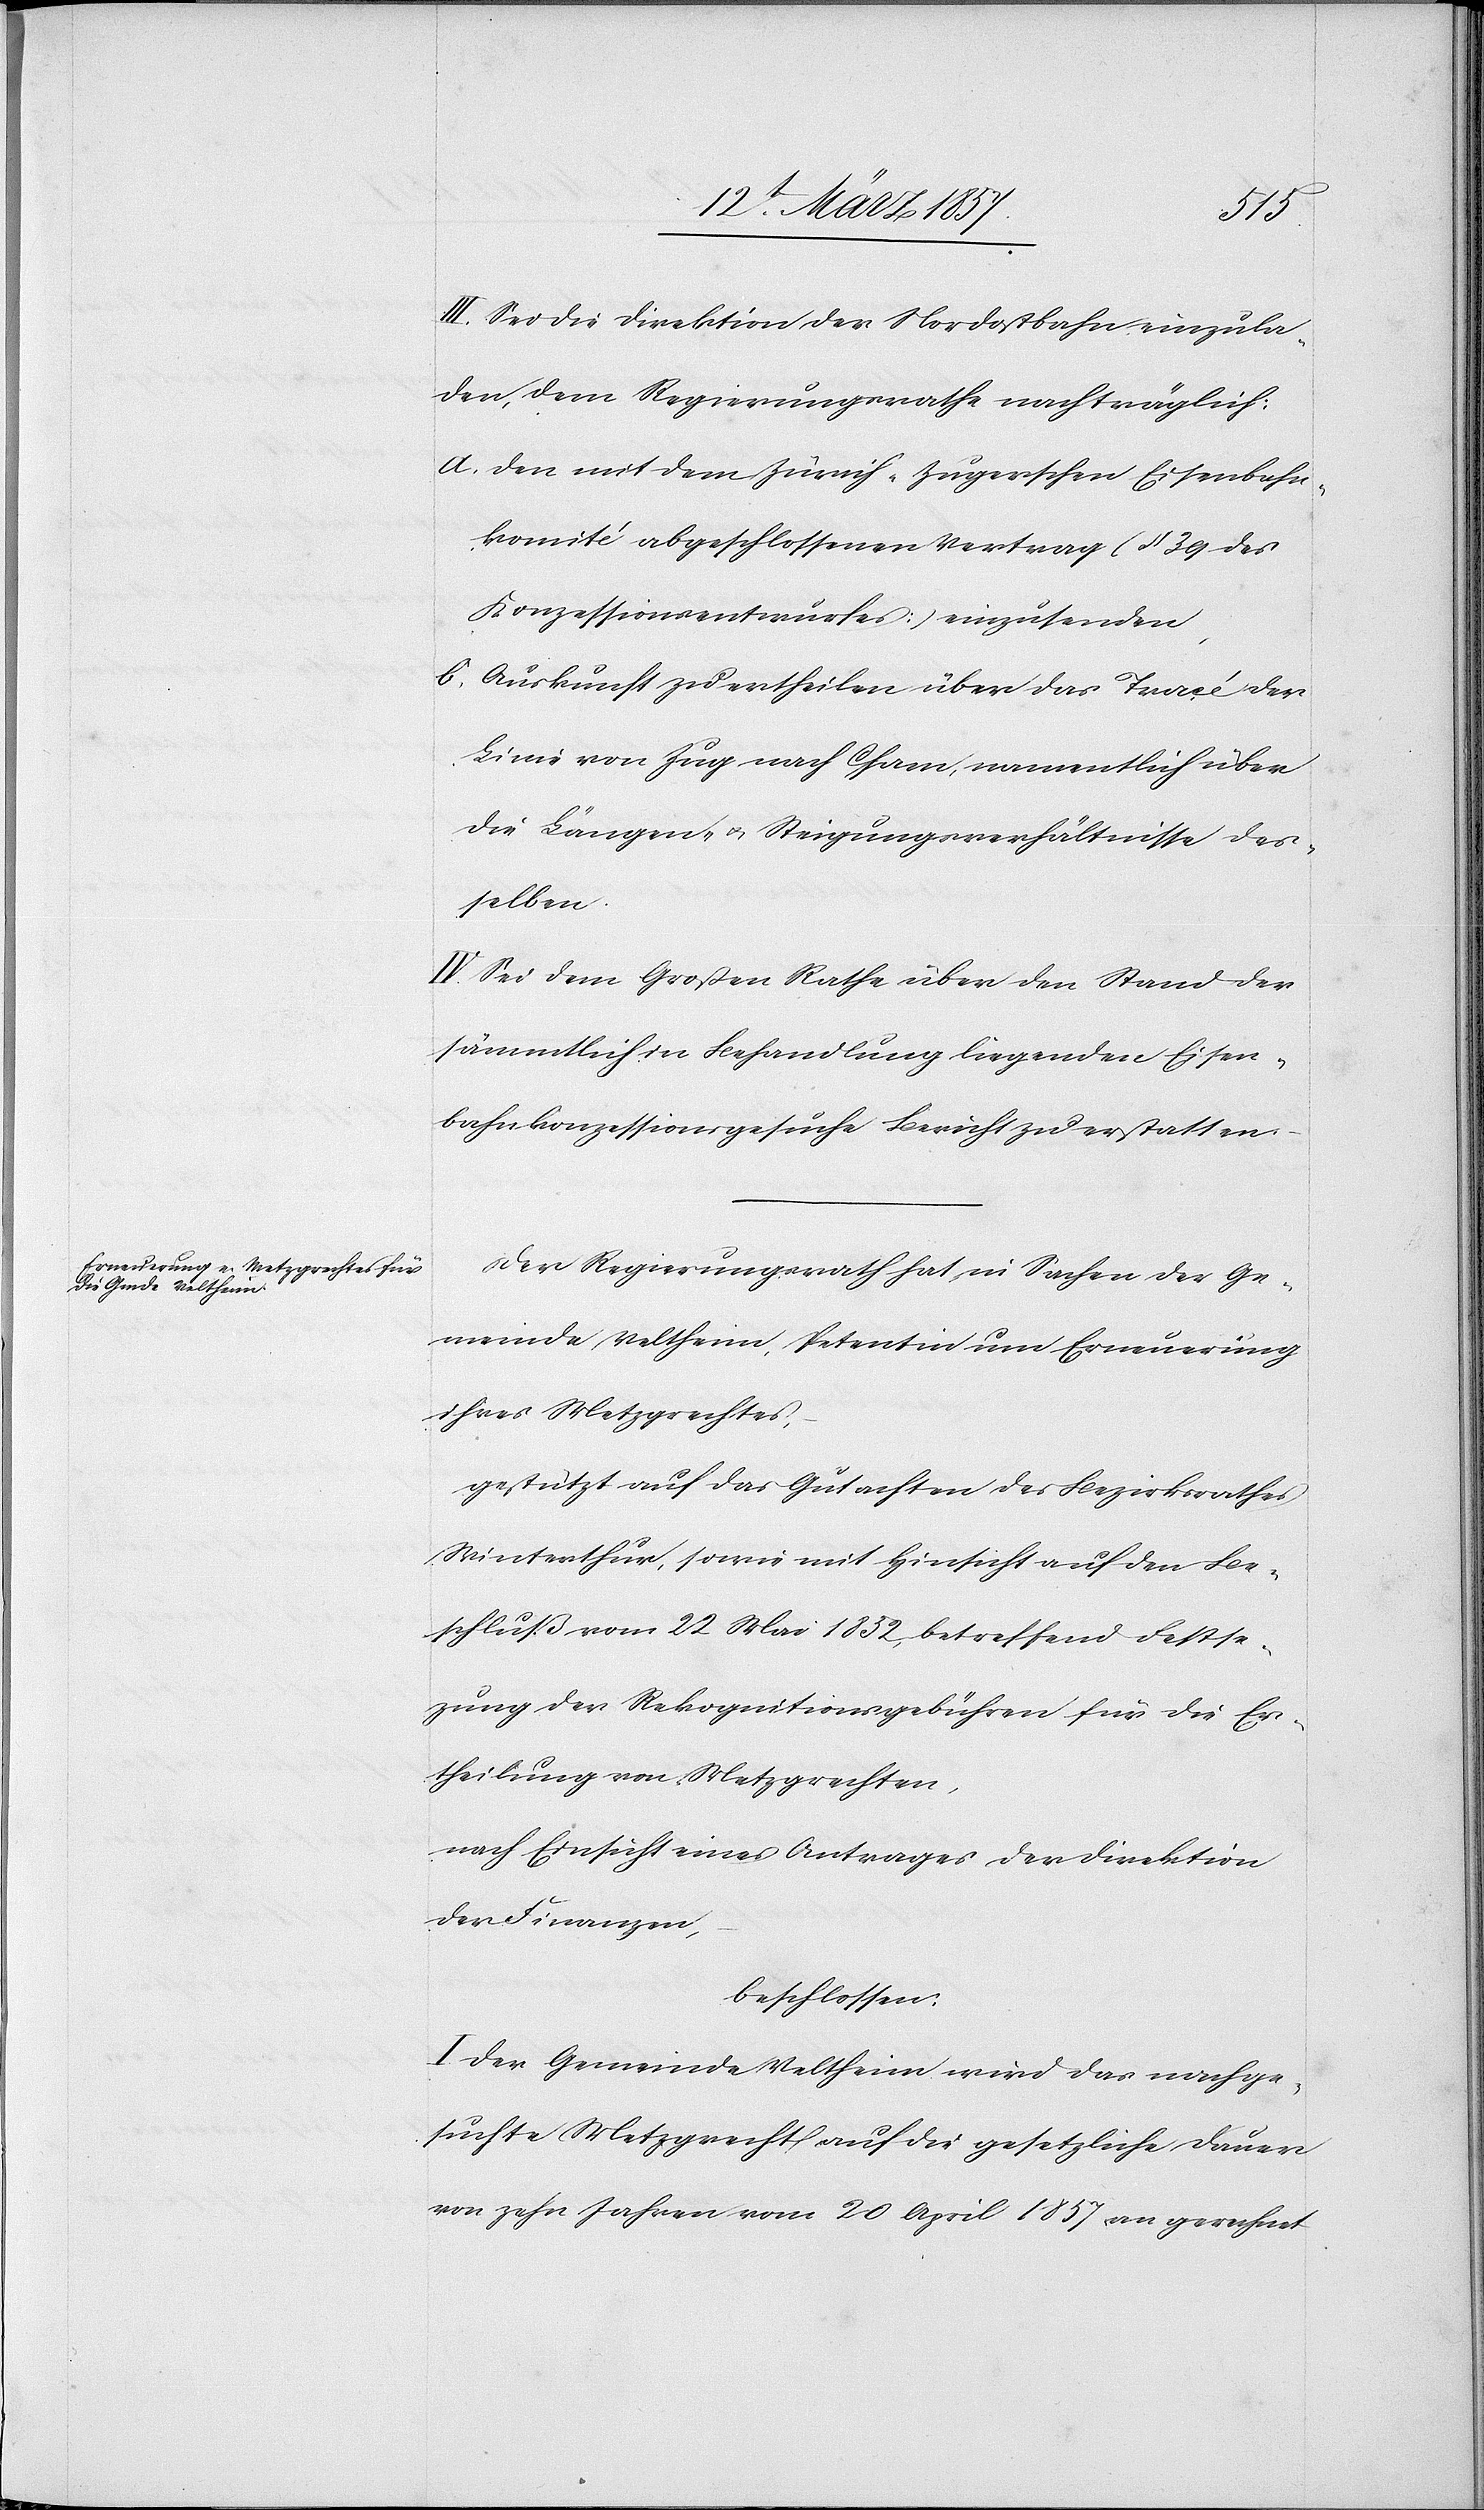
III. Sei die Direktion der Nordostbahn einzula¬
den, dem Regierungsrathe nachträglich:
a. den mit dem Zürich-Zugerschen Eisenbahn¬
komité abgeschlossenen Vertrag (§ 39 des
Konzessionsentwurfes) einzusenden,
b. Auskunft zu ertheilen über das Tracé der
Linie von Zug nach Cham, namentlich über
die Längen- u. Steigungsverhältnisse des¬
selben.
IV. Sei dem Großen Rathe über den Stand der
sämmtlich in Behandlung liegenden Eisen¬
bahnkonzessionsgesuche Bericht zu erstatten.
Der Regierungsrath hat, in Sachen der Ge¬
meinde Veltheim, Petentin um Erneuerung
ihres Metzgrechtes,
gestützt auf das Gutachten des Bezirksrathes
Winterthur, sowie mit Hinsicht auf den Be¬
schluß vom 22 Mai 1852, betreffend Festse¬
zung der Rekognitionsgebühren für die Er¬
theilung von Metzgrechten,
nach Einsicht eines Antrages der Direktion
der Finanzen,
beschlossen:
I. Der Gemeinde Veltheim wird das nachge¬
suchte Metzgrecht auf die gesetzliche Dauer
von zehn Jahren vom 20 April 1857 an gerechnet